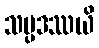
သမ္ပဒဿယိ